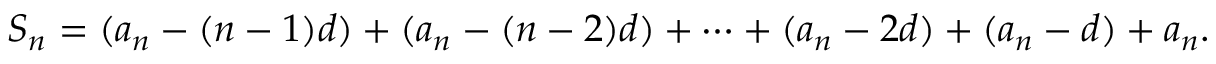
S _ { n } = ( a _ { n } - ( n - 1 ) d ) + ( a _ { n } - ( n - 2 ) d ) + \cdots + ( a _ { n } - 2 d ) + ( a _ { n } - d ) + a _ { n } .